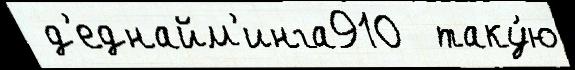
 д'еднайм'инга910  таку́ю